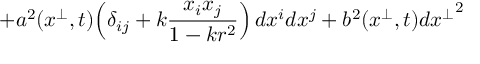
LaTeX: + a ^ { 2 } ( x ^ { \perp } , t ) \! \left( \delta _ { i j } + k \frac { x _ { i } x _ { j } } { 1 - k r ^ { 2 } } \right) d x ^ { i } d x ^ { j } + b ^ { 2 } ( x ^ { \perp } , t ) d { x ^ { \perp } } ^ { 2 }